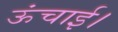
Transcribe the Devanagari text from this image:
ऊंचाई।